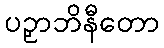
ပဉှာဘိနီတော